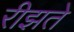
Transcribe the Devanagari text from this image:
रीझते